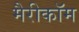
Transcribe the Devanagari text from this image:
मैरीकॉम